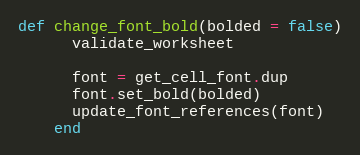
Language: Ruby
def change_font_bold(bolded = false)
      validate_worksheet

      font = get_cell_font.dup
      font.set_bold(bolded)
      update_font_references(font)
    end